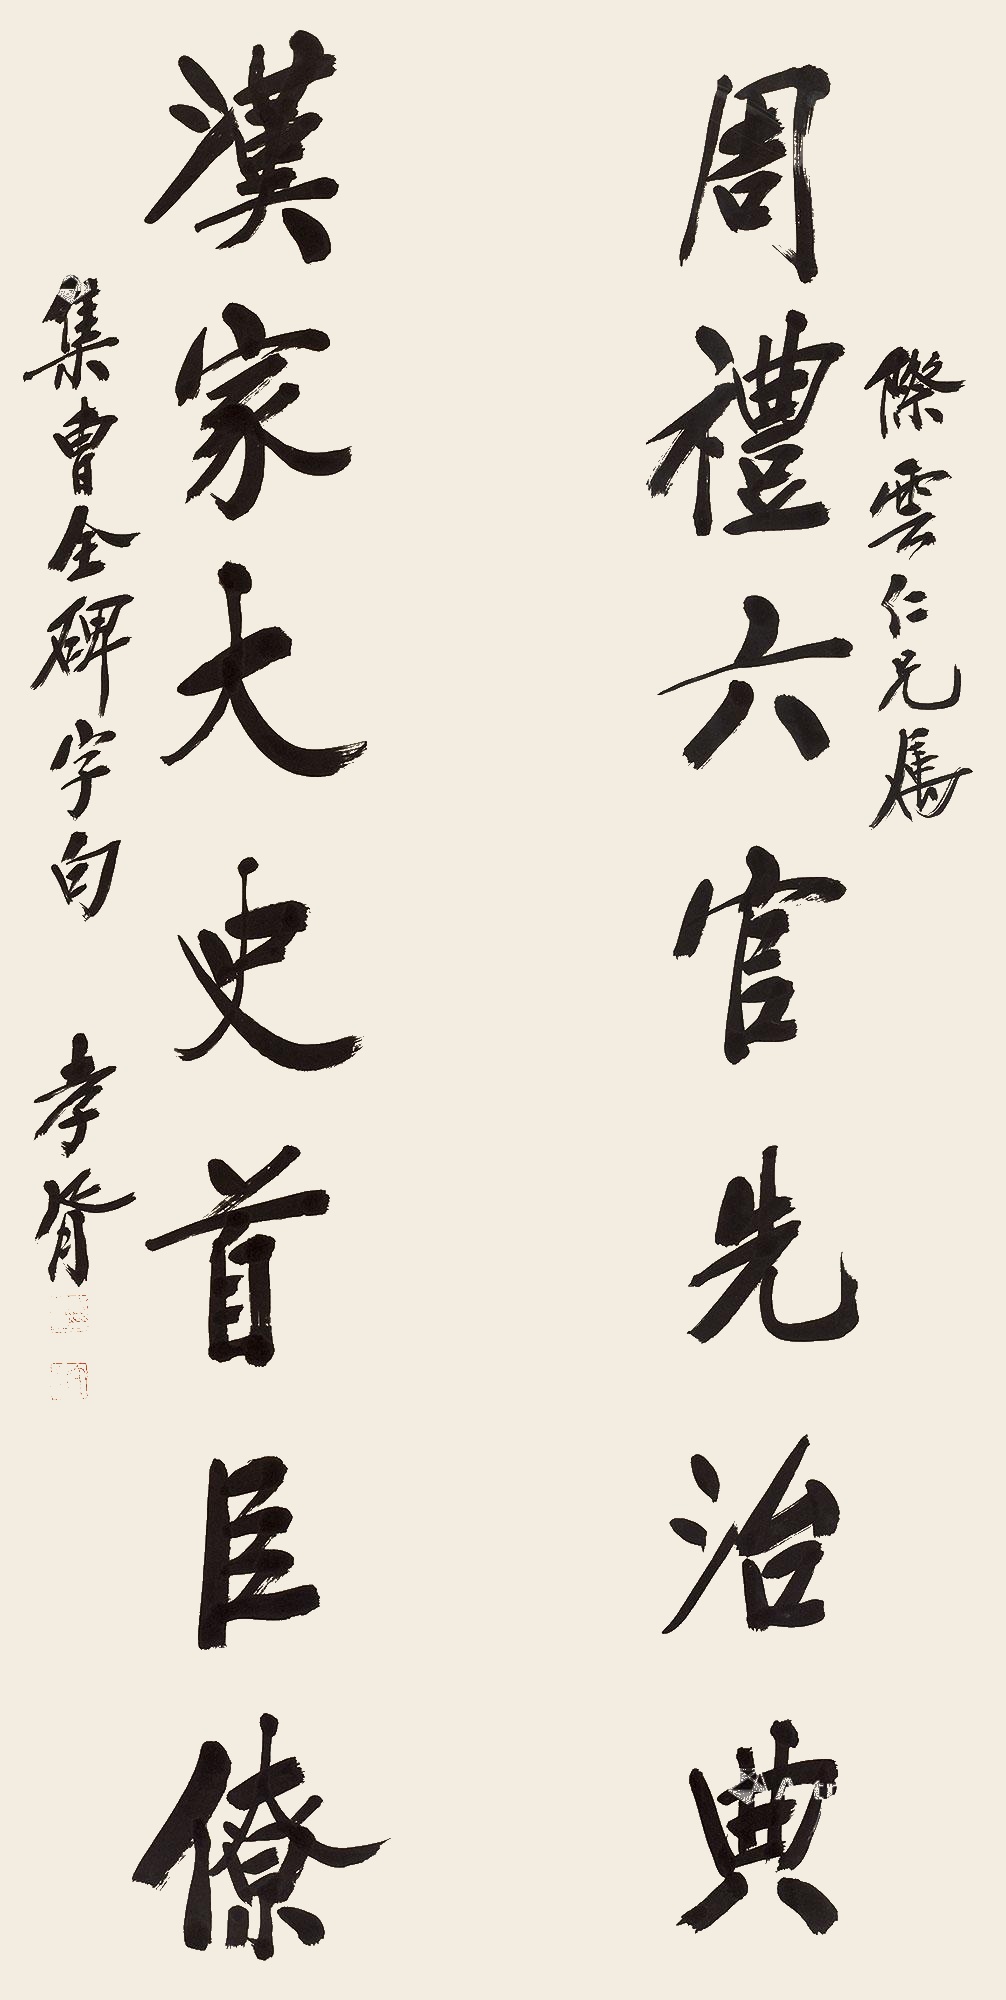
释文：周礼六官先治典，汉家大史首臣僚。际云仁兄属，集曹全碑字句。孝胥。